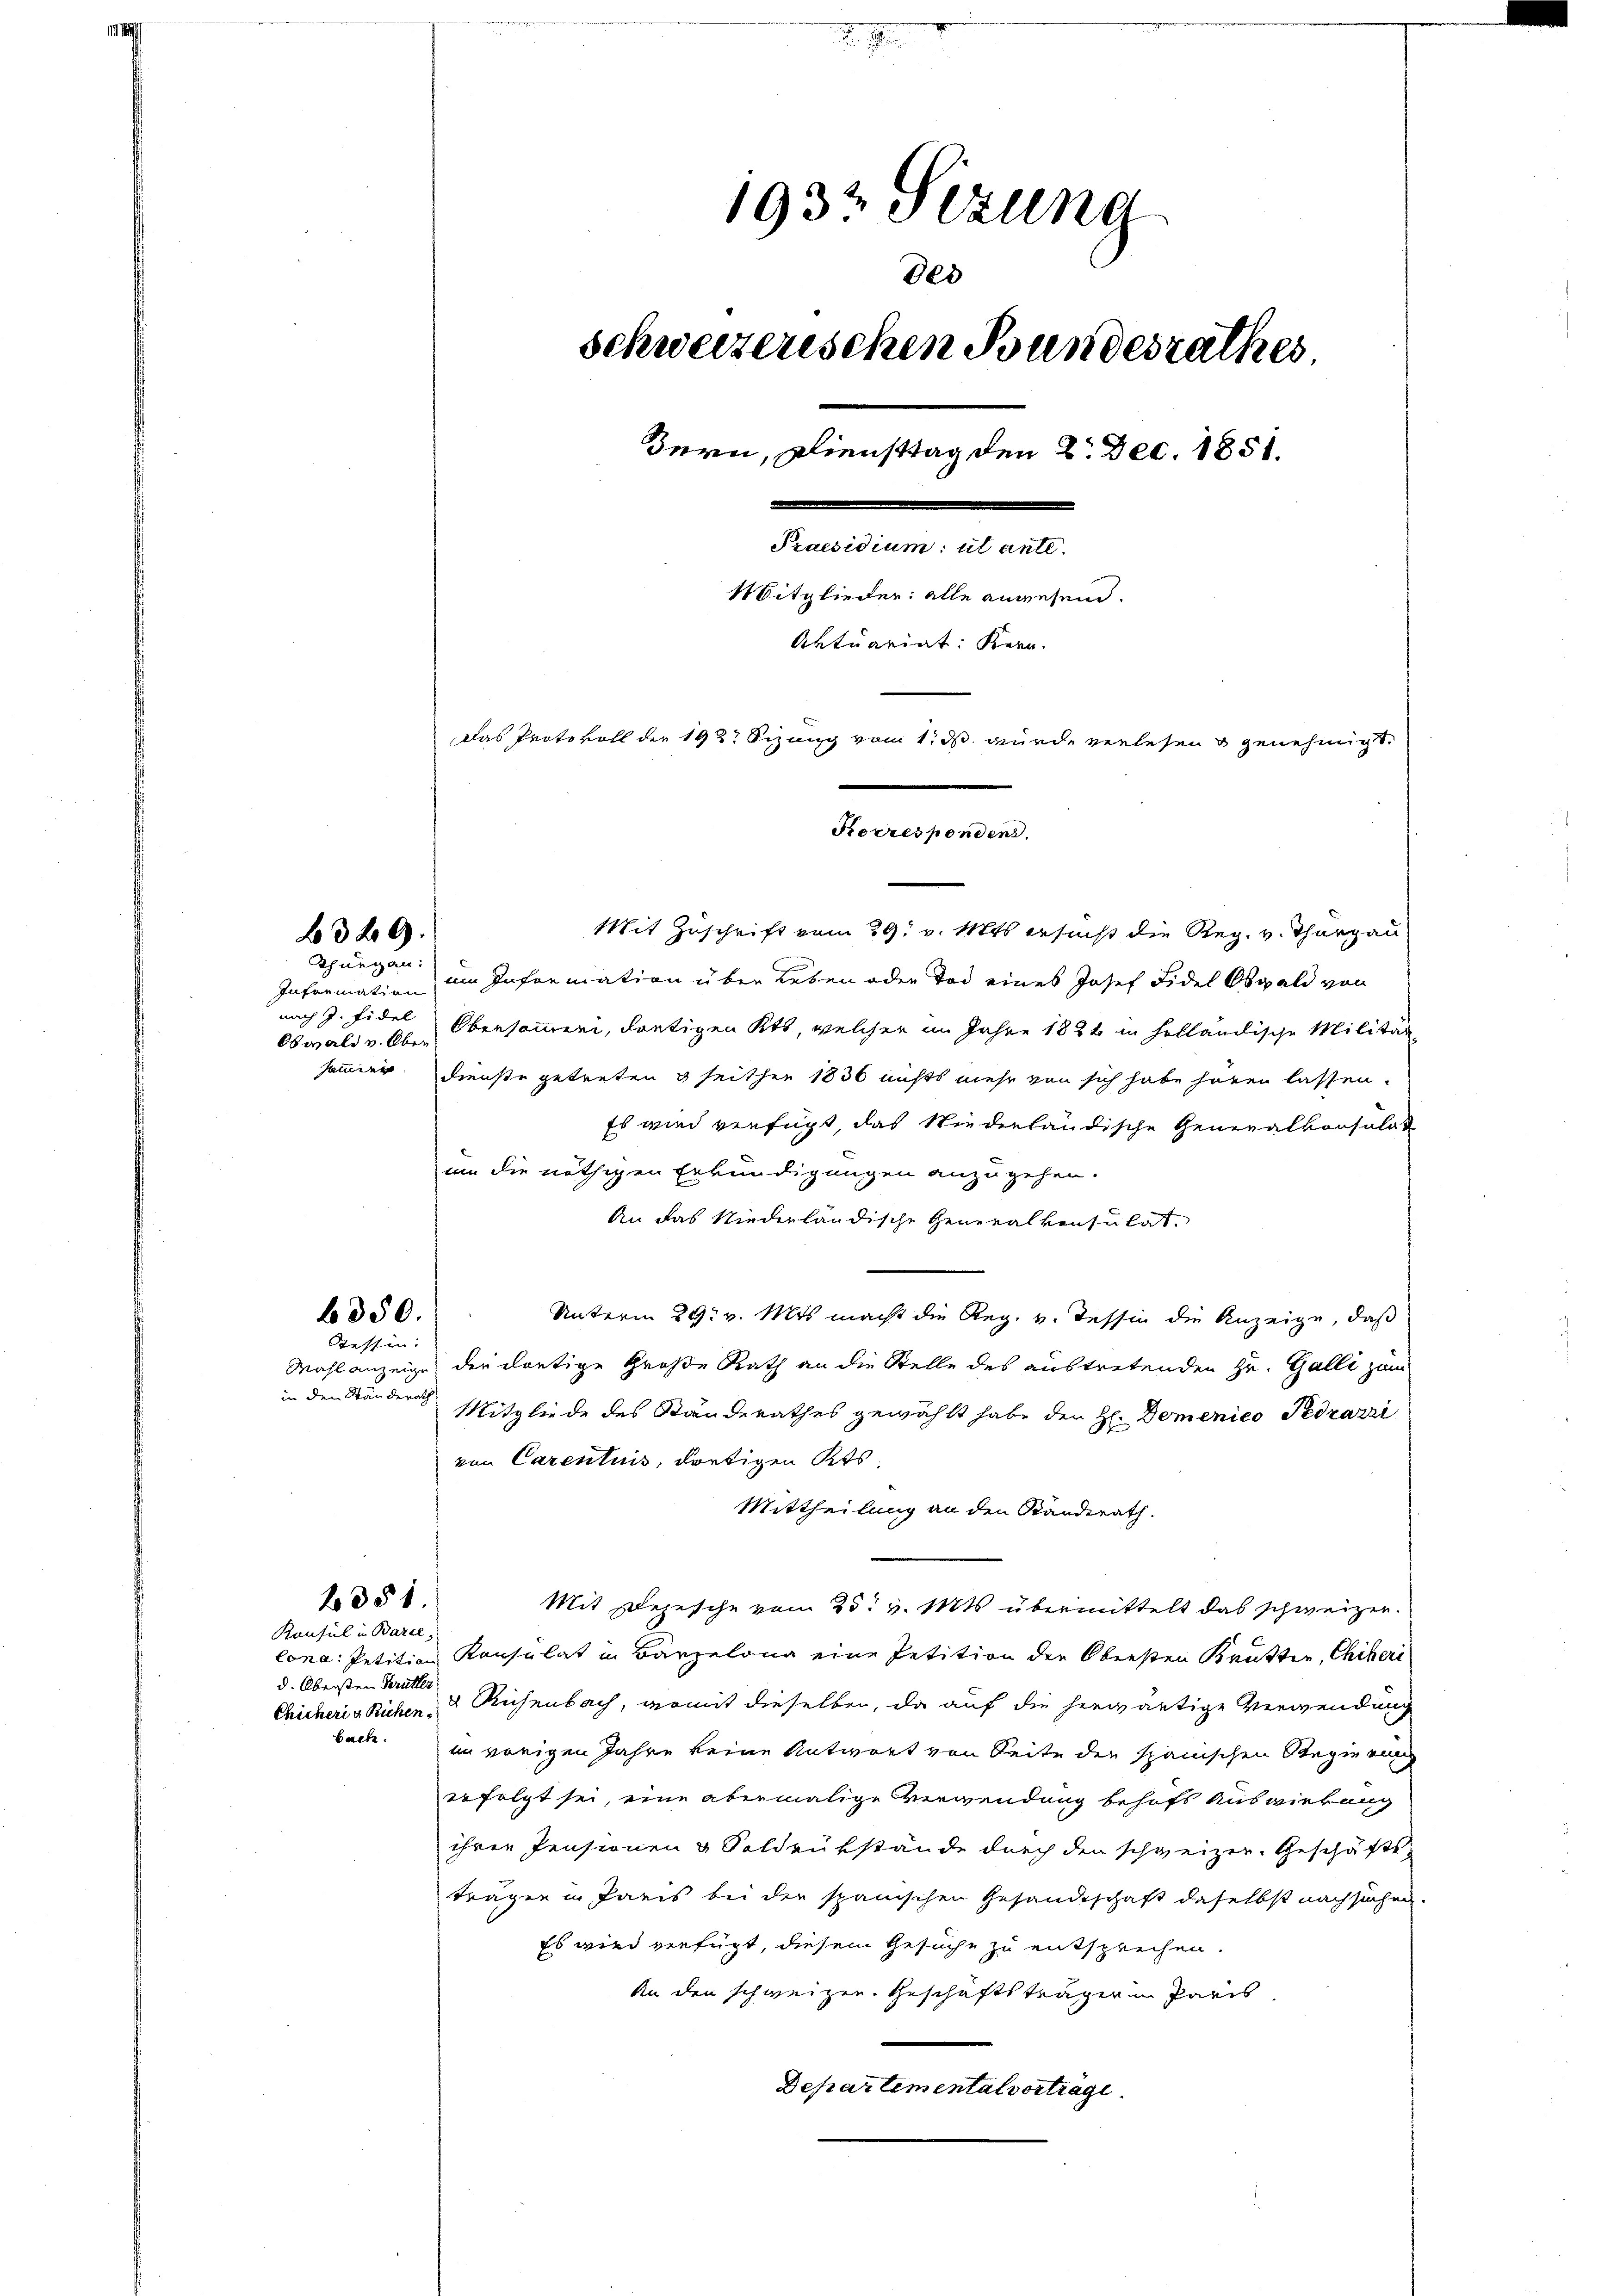
320.

Thurgau.
Information
Obwald v. Ober

b350.
Tessin:

Mit Zuschrift vom 29. v. Mts. ersucht die Reg. v. Thurgau
em Information über Leben oder Tod eines Josef Fidel Obwald von
nach J. Fidel Obersammeri, dortigen Kts, welcher im Jahre 1884 in holländische Militär
sommer. Dienste getreten & seither 1836 nichts mehr von sich habe hören lassen.
Es wird verfügt, das Niederländische Generalkonsulat
um die nöthigen Erkundigungen anzugehen.
An das Niederländische Generalkonsulat,
Unterm 29. v. Mts. macht die Reg. v. Tessin die Anzeige, daß
Mahl anzeige der dortige Große Rath an die Stelle des austretenden Hr. Galli zum
Mitgliede des Standerathes gewählt habe den H. Demenico Pedrarri
von Carentuis, dortigen Kts.
Mittheilung an den Standerath.
2351.
Mit Depesche vom 25. v. Mts. übermittelt das schweizer.
Konsul in Barce.
lona: Petition Konsulat in Barzelona eine Petition der Obersten Krütten, Chiberi
d. Obersten Kerütter
Chicheris Richen Richenbach, womit dieselben, da auf die herwärtige Verwendung
bach.
im vorigen Jahre keine Antwort von Seite der spanischen Regierung
erfolgt sei, eine abermalige Verwendung behofs Auswirkung
ihren Pensionen & Soldrükstände durch den schweizer. Geschäfts
trägen in Paris bei die spanischen Gesandtschaft daselbst nachsuchen.
Es wird verfügt, diesem Gesuche zu entsprechen.
An den schweizen. Geschäftsträger in Paris
Departemental vortrage

in den Ständerath

1932 Sizung
800
schweizerischen Bundesrathes
Bern, Diensttag den 2. Dec. 1851.
Frateten diese
Mitglieder: alle anwesend.
Aktuariat Kern.
Das Protokoll der 1927 Sizung vom 1. ds. wurde verlesen genehmigt.
Korrespondens.